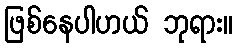
ဖြစ်နေပါဟယ် ဘုရား။